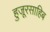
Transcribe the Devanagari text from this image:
हुजूरसाहिब